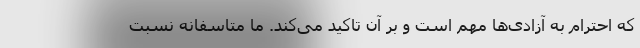
که احترام به آزادی‌ها مهم است و بر آن تاکید می‌کند. ما متاسفانه نسبت